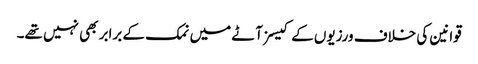
قوانین کی خلاف ورزیوں کے کیسز آٹے میں نمک کے برابر بھی نہیں تھے۔